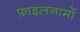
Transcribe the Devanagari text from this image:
फ़ाइलनामों